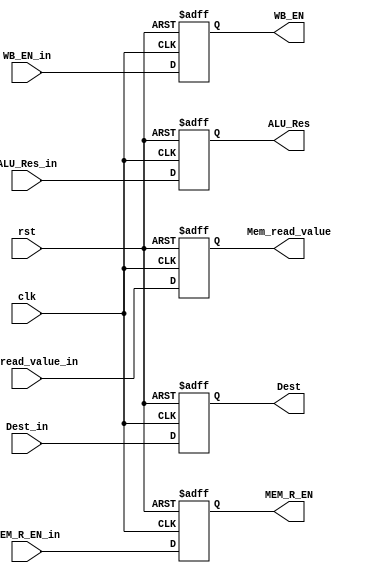
module MEM_Stage_reg (
	input clk,    // Clock
	input rst,  // Asynchronous reset active low
	input WB_EN_in,
	input MEM_R_EN_in,
	input [31:0]ALU_Res_in,

	input [31:0] Mem_read_value_in,
	input [4:0]Dest_in,
	
	output reg WB_EN,
	output reg MEM_R_EN,
	output reg [31:0]ALU_Res,
	output reg [31:0]Mem_read_value,
	output reg [4:0]Dest	
);

always @(posedge clk or posedge rst) begin : proc_ID_Stage_reg
	if(rst) begin
		WB_EN <= 0;
		MEM_R_EN <= 0;
		ALU_Res <= 0;
		Dest <= 0;
		Mem_read_value <= 0;
	end else begin
		WB_EN <= WB_EN_in;
		MEM_R_EN <= MEM_R_EN_in;
		ALU_Res <= ALU_Res_in;
		Dest <= Dest_in;
		Mem_read_value <= Mem_read_value_in;
	end
end

endmodule